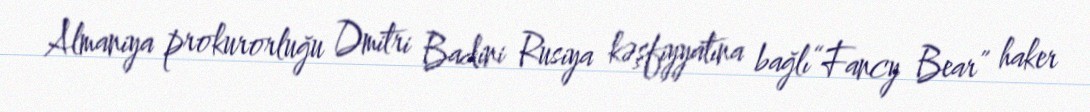
Almaniya prokurorluğu Dmitri Badini Rusiya kəşfiyyatına bağlı“Fancy Bear” haker